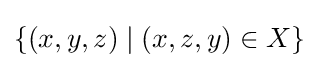
\{(x,y,z)\mid (x,z,y)\in X\}